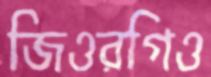
জিওরগিও